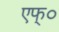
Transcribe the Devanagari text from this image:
एफ्०